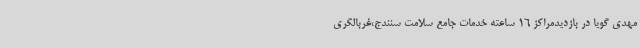
مهدی گویا در بازدیدمراکز 16 ساعته خدمات جامع سلامت سنندج،غربالگری